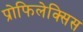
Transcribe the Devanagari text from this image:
प्रोफिलेक्सिस